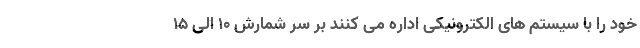
خود را با سیستم های الکترونیکی اداره می کنند بر سر شمارش ۱۰ الی ۱۵